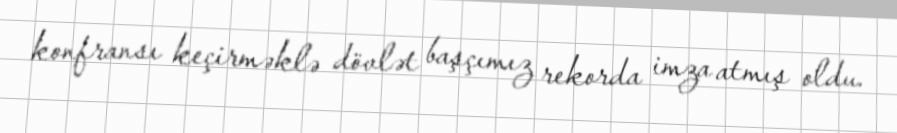
konfransı keçirməklə dövlət başçımız rekorda imza atmış oldu.